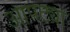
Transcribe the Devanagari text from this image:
आपट्या